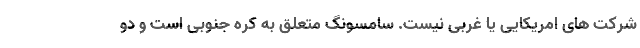
شرکت های امریکایی یا غربی نیست. سامسونگ متعلق به کره جنوبی است و دو